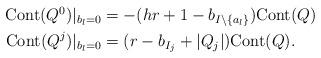
LaTeX: \begin{align*}\begin{aligned}\mathrm{Cont}(Q^0)|_{b_l=0} &= -(hr+1-b_{I\setminus \{a_l\}}) \mathrm{Cont}(Q)\\\mathrm{Cont}(Q^j)|_{b_l=0} &= (r - b_{I_j} + |Q_j|) \mathrm{Cont}(Q) .\end{aligned}\end{align*}